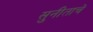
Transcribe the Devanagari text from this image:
सुनीताचे